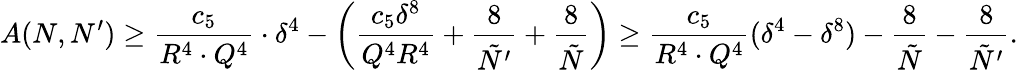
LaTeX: A(N,N^{\prime})\geq\frac{c_{5}}{R^{4}\cdot Q^{4}}\cdot\delta^{4}-\left(\frac{c_{5}\delta^{8}}{Q^{4}R^{4}}+\frac{8}{\tilde{N^{\prime}}}+\frac{8}{\tilde{N}}\right)\geq\frac{c_{5}}{R^{4}\cdot Q^{4}}(\delta^{4}-\delta^{8})-\frac{8}{\tilde{N}}-\frac{8}{\tilde{N}^{\prime}}.